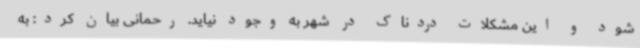
شود و این مشکلات دردناک در شهر به وجود نیاید. رحمانی بیان کرد: به